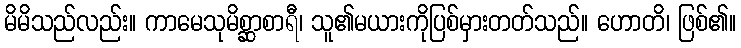
မိမိသည်လည်း။ ကာမေသုမိစ္ဆာစာရီ၊ သူ၏မယားကိုပြစ်မှားတတ်သည်။ ဟောတိ၊ ဖြစ်၏။